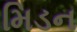
મિડન